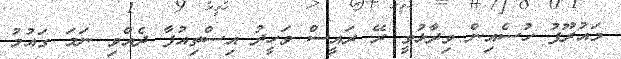
މައުރޫފު ހުސެއިން ވިދާޅުވީ ރޭ ރައީސް ވަހީދު އިސްތިއުފާ ދެއްވި ނަމަ ގައުމު